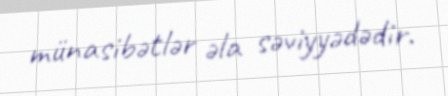
münasibətlər əla səviyyədədir.